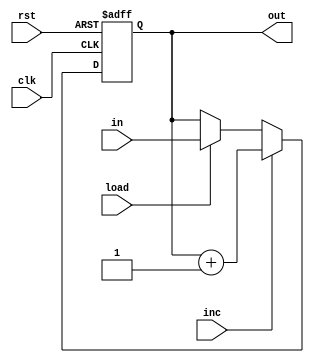
`timescale 1ns / 1ps


module PCRegister(
    input [7:0] in,
    output reg [7:0] out,
    input clk,
    input load,
    input inc,
    input rst
    );
    
always @ (posedge clk or negedge rst)
if (!rst) begin
    out <= 8'b0;
end else if (inc) begin
    out <= out + 1;
end else if (load) begin
    out <= in;
end    
endmodule